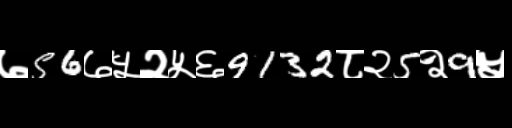
Text: ७56७५२५६9132८२5२9५